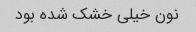
نون خیلی خشک شده بود